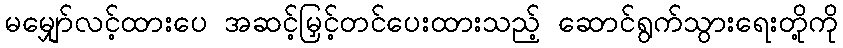
မမျှော်လင့်ထားပေ အဆင့်မြှင့်တင်ပေးထားသည့် ဆောင်ရွက်သွားရေးတို့ကို